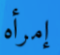
إمرأه